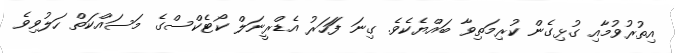
އިތުރުވުމާއި ގުޅިގެން ކުރިމަތިވާ ބައްޔެކެވެ. ގިނަ ފަަހަރު އެޑްރީނަލް ކޯޓެކްސްގެ މަސައްކަތް ހަލުވިވެ